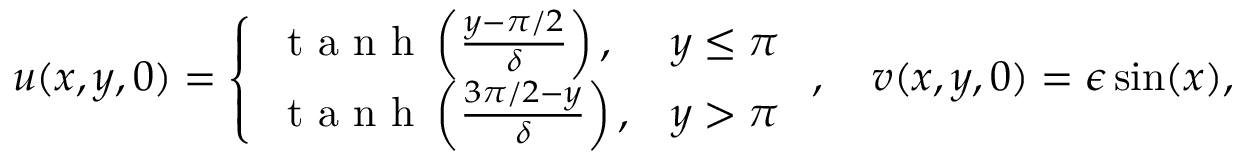
u ( x , y , 0 ) = \left\{ \begin{array} { l l } { \mathrm { ~ t ~ a ~ n ~ h ~ } \left( \frac { y - \pi / 2 } { \delta } \right) , } & { y \leq \pi } \\ { \mathrm { ~ t ~ a ~ n ~ h ~ } \left( \frac { 3 \pi / 2 - y } { \delta } \right) , } & { y > \pi } \end{array} \right. , \quad v ( x , y , 0 ) = \epsilon \sin ( x ) ,